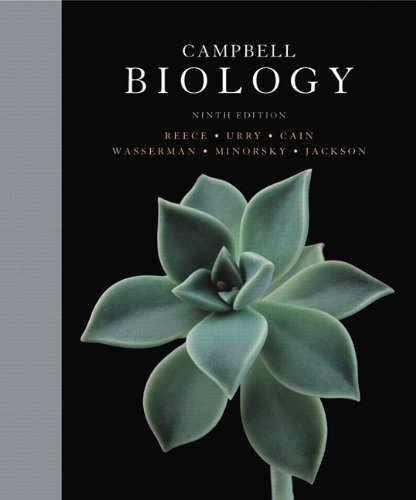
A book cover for Campbell Biology (9th Edition); Jane B. Reece; Science & Math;